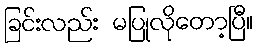
ခြင်းလည်း မပြုလိုတော့ပြီ။